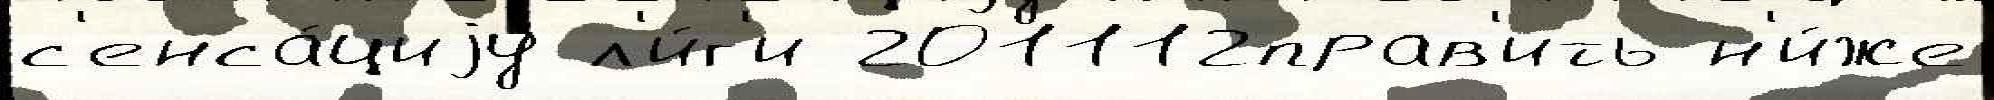
с'енса́циjу л'и́г'и 201112прав'ить н'и́же